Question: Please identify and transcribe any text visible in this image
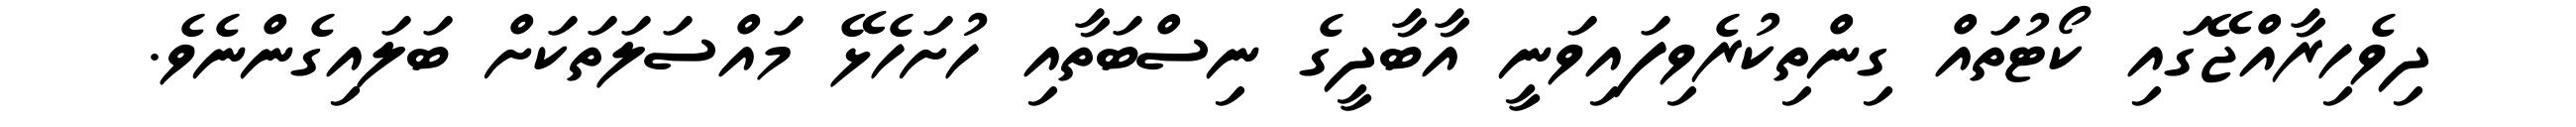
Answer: ދިވެހިރާއްޖޭގައި ކޯޓުތައް ގިންތިކުރެވިފައިވަނީ އާބާދީގެ ނިސްބަތާއި ހުށަހެޅޭ މައްސަލަތަކަށް ބަލައިގެންނެވެ.